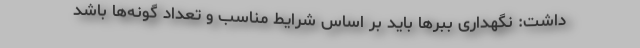
داشت: نگهداری ببرها باید بر اساس شرایط مناسب و تعداد گونه‌ها باشد